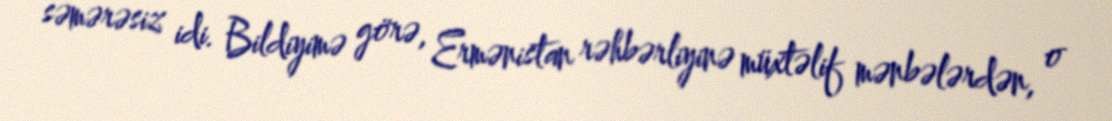
səmərəsiz idi. Bildiyimə görə, Ermənistan rəhbərliyinə müxtəlif mənbələrdən, o